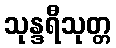
သုန္ဒရီသုတ္တ